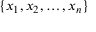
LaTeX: \{ x _ { 1 } , x _ { 2 } , \ldots , x _ { n } \}